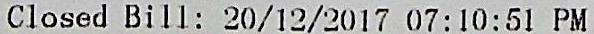
CLOSED BILL: 20/12/2017 07:10:51 PM